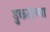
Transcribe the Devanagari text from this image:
डुकरांच्या